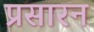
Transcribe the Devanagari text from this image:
प्रसारन